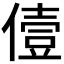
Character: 𠍼